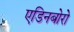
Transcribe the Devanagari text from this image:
एडिनबोरो